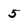
Character: 5